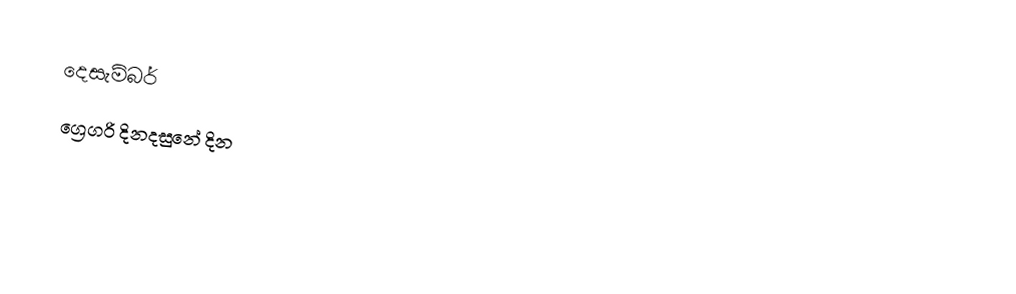
දෙසැම්බර්
ග්‍රෙගරි දිනදසුනේ දින